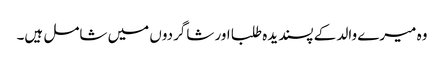
وہ میرے والد کے پسندیدہ طلبا اور شاگردوں میں شامل ہیں۔